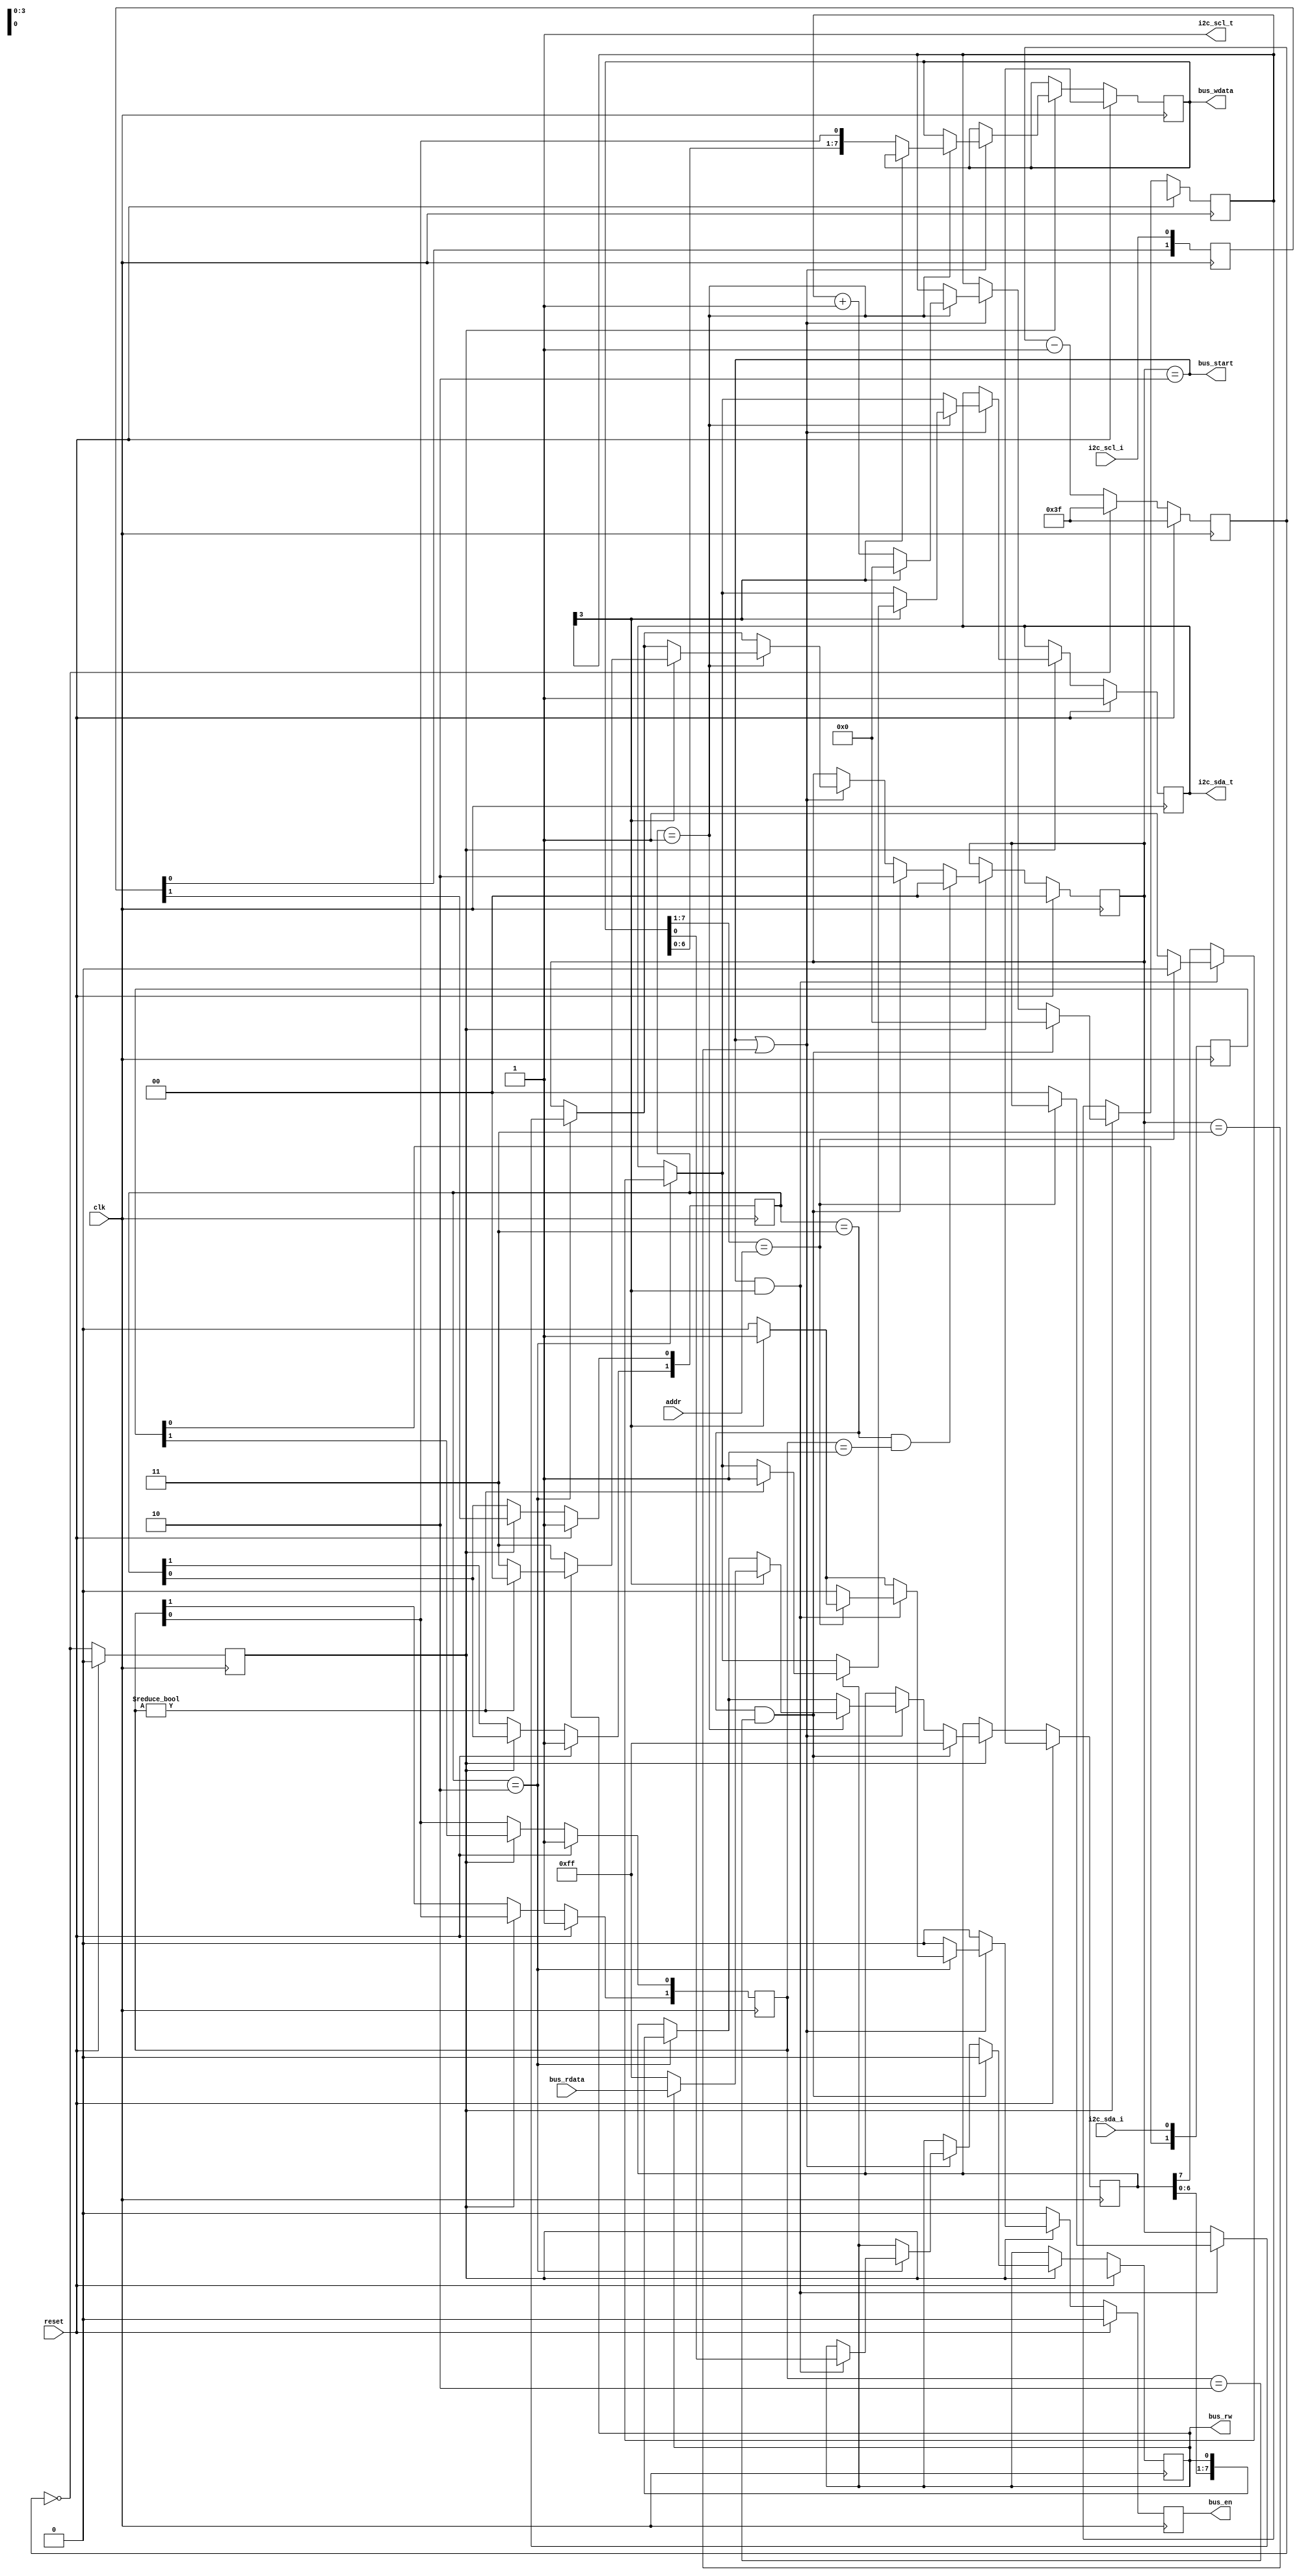
// This program was cloned from: https://github.com/ryuz/jelly
// License: MIT License

// ---------------------------------------------------------------------------
//  Jelly  -- The platform for real-time computing
//
//                                 Copyright (C) 2008-2015 by Ryuz
//                                 https://github.com/ryuz/jelly.git
// ---------------------------------------------------------------------------



`timescale       1ns / 1ps
`default_nettype none


//
module jelly_i2c_slave
        #(
            parameter   DIVIDER_WIDTH = 6,
            parameter   DIVIDER_COUNT = 63
        )
        (
            // system
            input   wire                        reset,
            input   wire                        clk,
            
            input   wire    [7:1]               addr,
            
            // I2C
            input   wire                        i2c_scl_i,
            output  wire                        i2c_scl_t,
            input   wire                        i2c_sda_i,
            output  wire                        i2c_sda_t,
            
            // memport
            output  wire                        bus_start,
            output  wire                        bus_en,
            output  wire                        bus_rw,
            output  wire    [7:0]               bus_wdata,
            input   wire    [7:0]               bus_rdata
        );
    
    
    // double latch
    reg     [1:0]   reg_scl_ff;
    reg     [1:0]   reg_sda_ff;
    always @( posedge clk ) begin
        reg_scl_ff[0] <= i2c_scl_i;
        reg_scl_ff[1] <= reg_scl_ff[0];
        reg_sda_ff[0] <= i2c_sda_i;
        reg_sda_ff[1] <= reg_sda_ff[0];
    end
    
    
    // clock diveder
    reg                             reg_clk_en;
    reg     [DIVIDER_COUNT-1:0]     reg_clkdiv_count;
    always @(posedge clk) begin
        if ( reset ) begin
            reg_clkdiv_count <= DIVIDER_COUNT;
            reg_clk_en       <= 1'b0;
        end
        else begin
            reg_clkdiv_count <= reg_clkdiv_count - 1'b1;
            if ( reg_clkdiv_count == 0 ) begin
                reg_clkdiv_count <= DIVIDER_COUNT;
            end
            reg_clk_en <= (reg_clkdiv_count == 0);
        end
    end
    
    
    // sontrol
    reg     [1:0]   reg_scl;
    reg     [1:0]   reg_sda;
    
    localparam  ST_IDLE = 0, ST_ACK = 1, ST_ADDR = 2, ST_DATA = 3;
    reg     [1:0]   reg_state;
    reg     [3:0]   reg_counter;
    reg     [7:0]   reg_recv;
    reg     [7:0]   reg_send;
    reg             reg_rw;
    reg             reg_sda_t;
    
    reg             reg_bus_en;
    
    always @(posedge clk) begin
        if ( reset ) begin
            reg_scl <= 2'b11;
            reg_sda <= 2'b11;
            
            reg_state   <= ST_IDLE;
            reg_counter <= 4'hx;
            reg_recv    <= 8'hxx;
            reg_send    <= 8'hxx;
            reg_rw      <= 1'bx;
            reg_sda_t   <= 1'b1;
            reg_bus_en  <= 1'b0;
        end
        else begin
            reg_bus_en <= 1'b0;
            if ( reg_clk_en ) begin
                // 
                reg_scl[0] <= reg_scl_ff[1];
                reg_scl[1] <= reg_scl[0];
                reg_sda[0] <= reg_sda_ff[1];
                reg_sda[1] <= reg_sda[0];
                
                // 
                if ( reg_state == ST_ADDR || reg_state == ST_DATA ) begin
                    // SCL
                    if ( reg_scl == 2'b10 ) begin
                        reg_sda_t <= reg_send[7];
                        reg_send  <= {reg_send[6:0], reg_rw};
                        
                        if ( reg_counter[3] ) begin
                            reg_bus_en <= 1'b1;
                        end
                        
                        // 
                        if ( reg_state == ST_ADDR && reg_counter[3] ) begin
                            reg_rw <= reg_recv[0];
                            if ( reg_recv[7:1] == addr ) begin
                                reg_sda_t <= 1'b0;  // ACK
                            end
                            else begin
                                reg_sda_t  <= 1'b1; // NAK
                                reg_state  <= ST_IDLE;
                                reg_bus_en <= 1'b0;
                            end
                        end
                    end
                    
                    // SCL
                    if ( reg_scl == 2'b01 ) begin
                        reg_counter <= reg_counter + 1'b1;
                        
                        // ACK
                        if ( reg_counter[3] ) begin
                            reg_counter <= 0;
                            
                            // 
                            reg_state   <= ST_DATA;
                            if ( reg_rw == 1'b0 ) begin
                                // write
                                reg_send  <= 8'hff;
                            end
                            else begin
                                // read
                                reg_send  <= bus_rdata;
                                
                                // read  ack 
                                if ( reg_sda != 1'b0 ) begin
                                    reg_sda_t <= 1'b1;
                                    reg_state <= ST_IDLE;
                                end
                            end
                        end
                        else begin
                            // 
                            reg_recv <= {reg_recv[6:0], reg_sda[0]};
                        end
                    end
                end
                
                // start conditon
                if ( reg_scl == 2'b11 && reg_sda == 2'b10 ) begin
                    reg_state   <= ST_ADDR;     // 
                    reg_counter <= 0;
                    reg_send    <= 8'hff;
                    reg_rw      <= 1'b0;
                end
                
                // stop condition
                if ( reg_scl == 2'b11 && reg_sda == 2'b01 ) begin
                    reg_state <= ST_IDLE;       // 
                end
            end
        end
    end
    
    assign i2c_scl_t = 1'b1;
    assign i2c_sda_t = reg_sda_t;
    
    assign bus_en    = reg_bus_en;
    assign bus_start = (reg_state == ST_ADDR);
    assign bus_rw    = reg_rw;
    assign bus_wdata = reg_recv;
    
endmodule


`default_nettype wire


// end of file